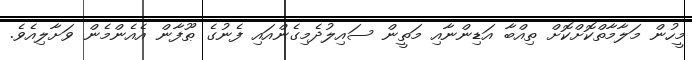
މީހުން މަލާމާތްކޮށްކޮށް ތިއްބާ އަޑިންނާއި މަތީން ސައިލުދެމިގެންއައި ފެނުގެ ޠޫފާން އެއެންމެން ވަށާލިއެވެ.